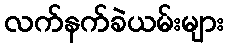
လက်နက်ခဲယမ်းများ